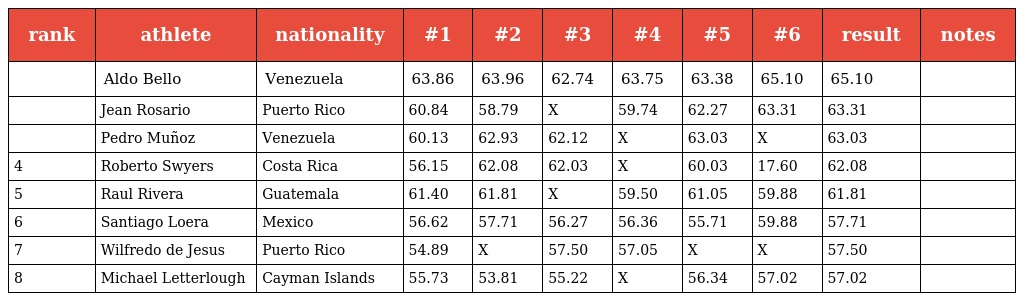
| rank | athlete | nationality | #1 | #2 | #3 | #4 | #5 | #6 | result | notes |
 | --- | --- | --- | --- | --- | --- | --- | --- | --- | --- | --- |
 |  | Aldo Bello | Venezuela | 63.86 | 63.96 | 62.74 | 63.75 | 63.38 | 65.10 | 65.10 |  |
 |  | Jean Rosario | Puerto Rico | 60.84 | 58.79 | X | 59.74 | 62.27 | 63.31 | 63.31 |  |
 |  | Pedro Muñoz | Venezuela | 60.13 | 62.93 | 62.12 | X | 63.03 | X | 63.03 |  |
 | 4 | Roberto Swyers | Costa Rica | 56.15 | 62.08 | 62.03 | X | 60.03 | 17.60 | 62.08 |  |
 | 5 | Raul Rivera | Guatemala | 61.40 | 61.81 | X | 59.50 | 61.05 | 59.88 | 61.81 |  |
 | 6 | Santiago Loera | Mexico | 56.62 | 57.71 | 56.27 | 56.36 | 55.71 | 59.88 | 57.71 |  |
 | 7 | Wilfredo de Jesus | Puerto Rico | 54.89 | X | 57.50 | 57.05 | X | X | 57.50 |  |
 | 8 | Michael Letterlough | Cayman Islands | 55.73 | 53.81 | 55.22 | X | 56.34 | 57.02 | 57.02 |  |